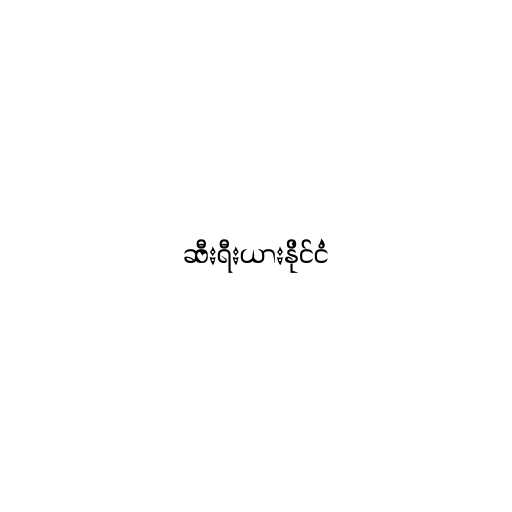
ဆီးရီးယားနိုင်ငံ